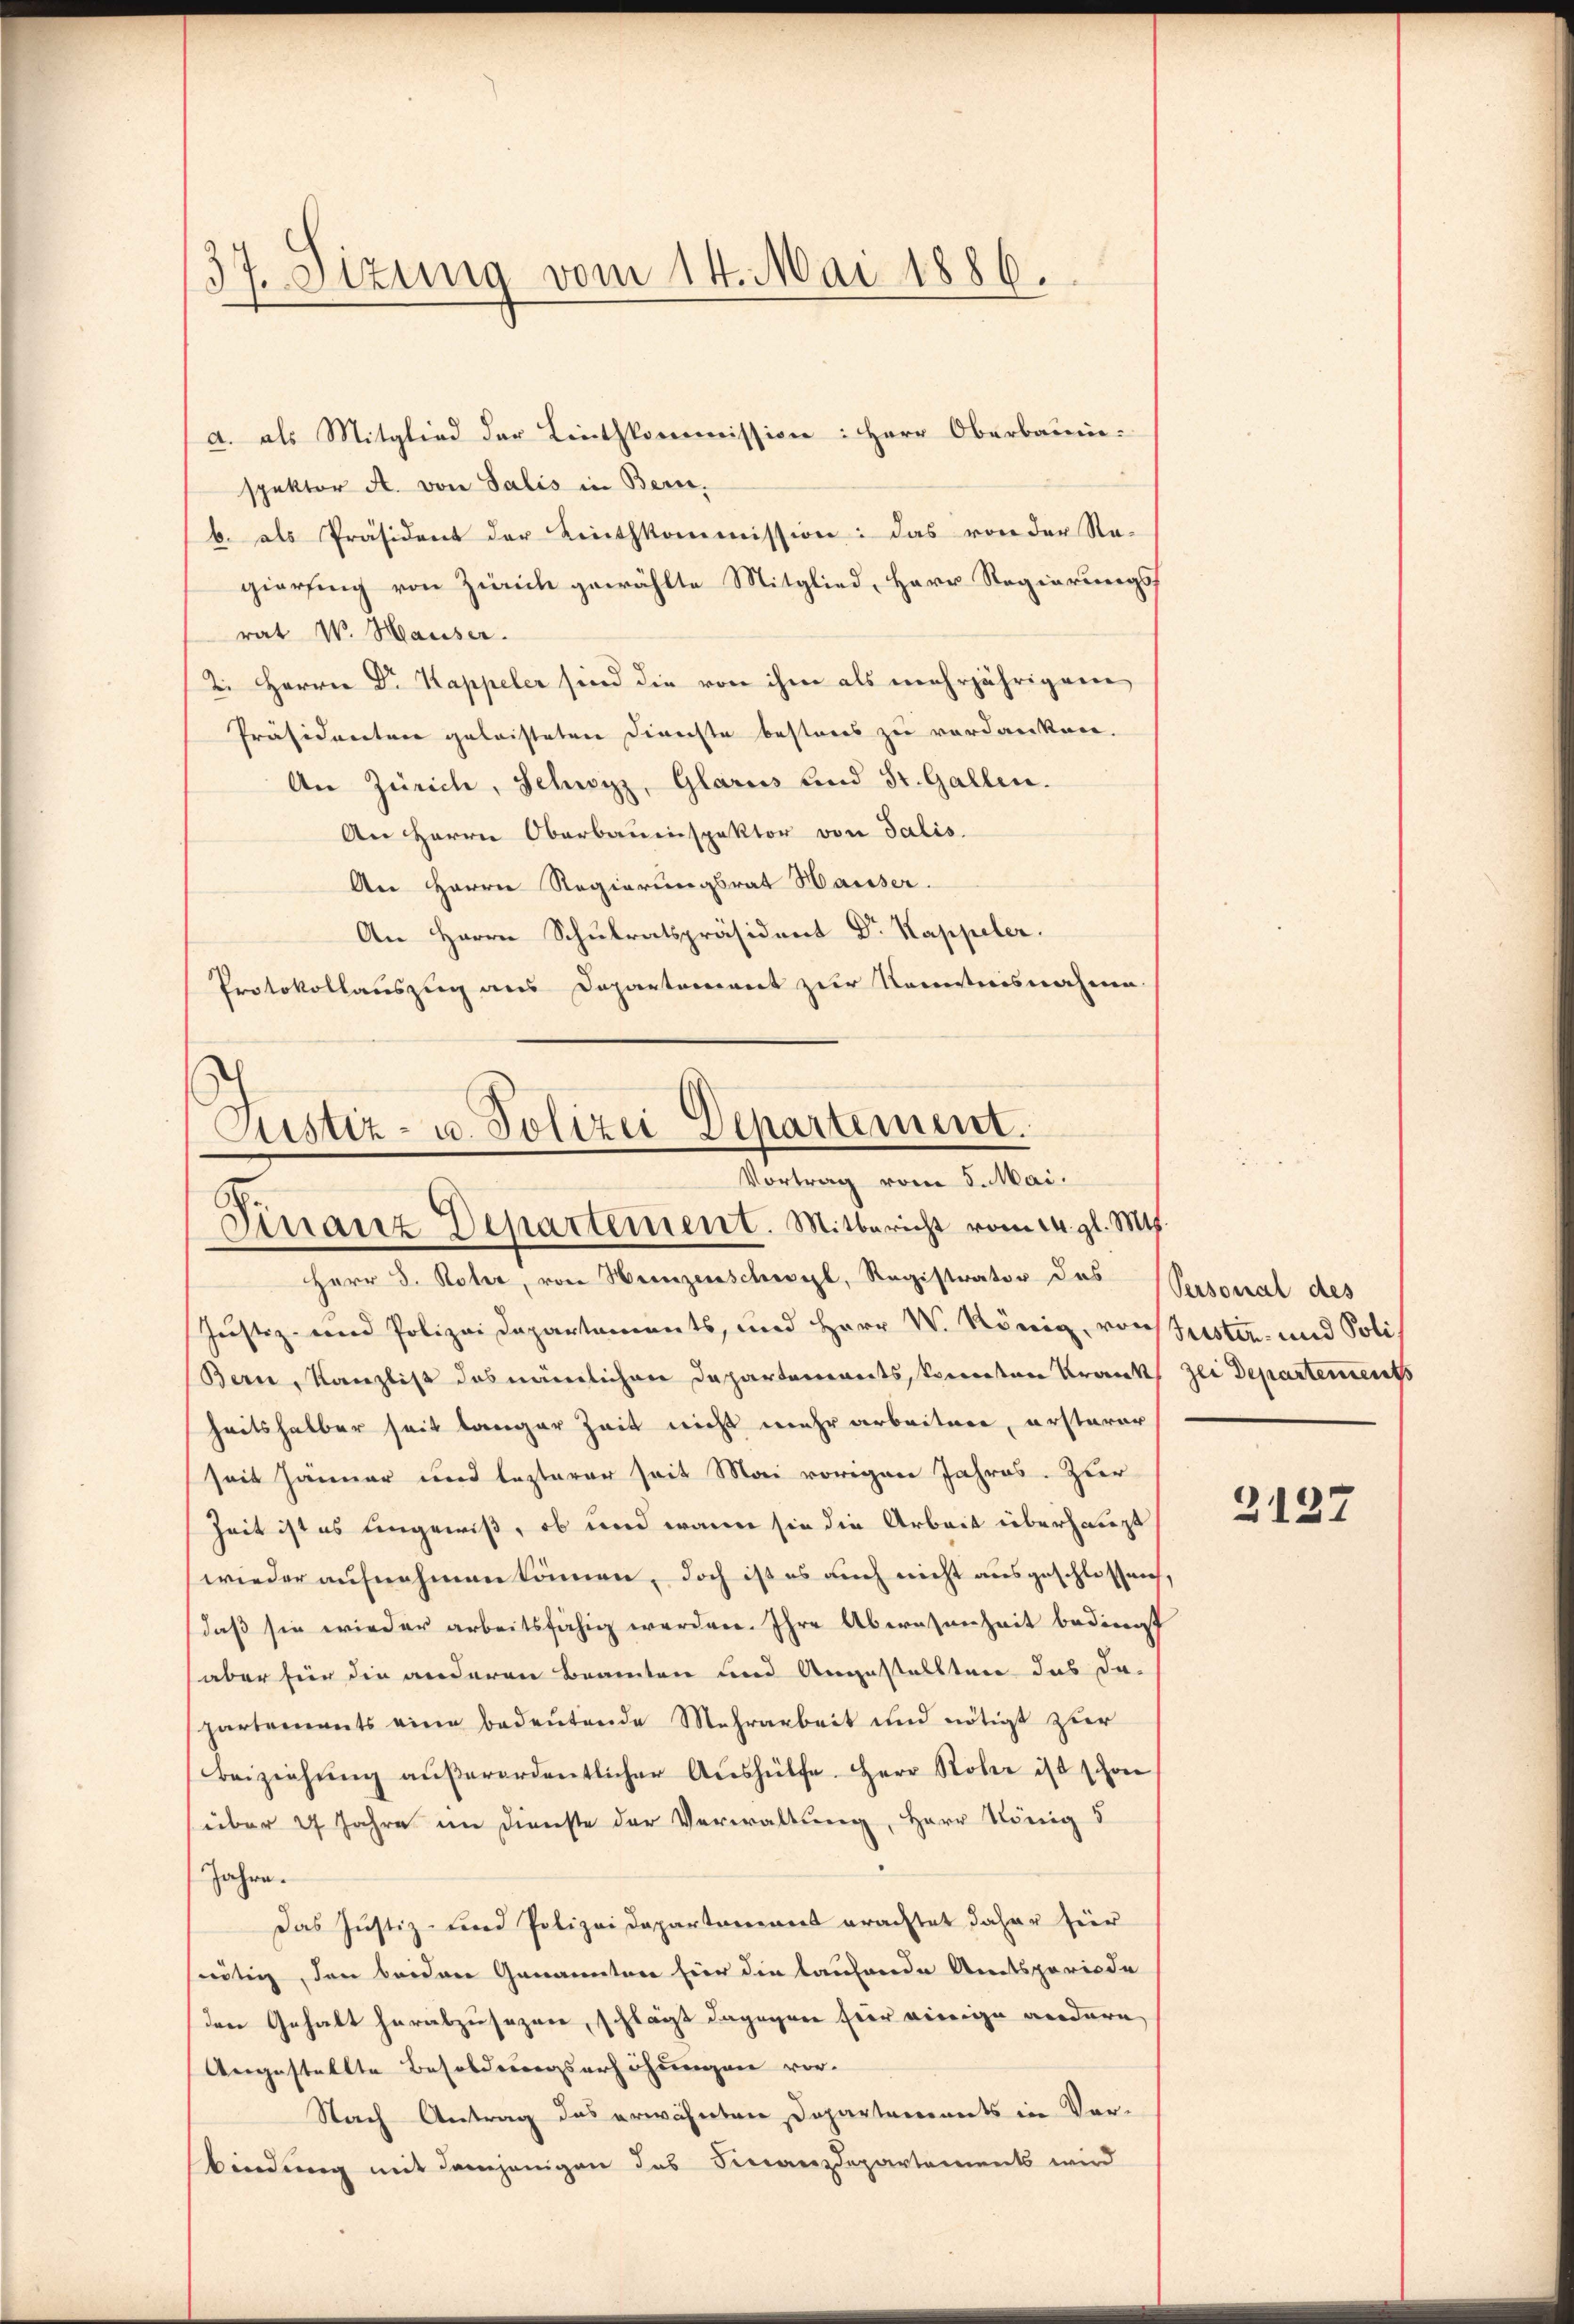
37. Sizung vom 14. Mai 1886.

d. als Mitglied der Linthkommission: Herr Oberbauin
spektor A. von Salis in Bern.
b. als Präsident der Linthkommission: das von der Re-
gierung von Zürich gewählte Mitglied, Herr Regierungsrat W. Hauser.
2. Herrn Dr Kappeler sind die von ihm als mehrjährigem
Präsidentere geleisteten Dienste besteres zu verdanken.
An Zürich, Schwyz, Glarus und St. Gallen.
An Herrn Oberbauinspektor von Salis.
An Herrn Regierungsrat Hausser.
An Herrn Schulratspräsident Dr Kappeler.
Protokollauszug aus Departement zur Kenntnisnahme

Justiz- u. Polizei Departement.
Vortrag vom 5. Mai.
Finanz Departement. Mitbericht vom 14. gl. Mts.

Herr D. Rober, von Hunzenschwyl, Registrator des Personal des
Justiz- und Polizei Departements, und Herr W. König, von Justiz- und Poli¬
Bern, Kanzlist das nämlichen Departements, konnten Krank zei Departements
heitshalber seit langer Zeit nicht mehr arbeitere, ersterer
seit Jänner und lezterer seit Mai vorigen Jahres. Zuer
Zeit ist es ungewiß, ob und wenn sie die Arbeit überhaupt
wieder aufnehmen können, doch ist es auch nicht ausgeschlossen,
daß sie wieder arbeitsfähig werden. Ihre Abwesenheit bedingt
aber für die anderen Beamten und Angestellten das da-
partements eine bedeutende Mehrarbeit und nötigt zur
Beiziehŭng aŭβerordentlicher Aŭshülfe. Herr Rober ist schon
über 4 Jahre im Dienste der Verwaltung, Herr König 5
Jahre.
Das Justiz- und Polizei Departamens erachtet daher für
nötig, den beiden Genannten hier die laufende Amtsperiode
den Gehalt herabzusezen, schlägt dagegen für einige andern
Angestellte Besoldungserhöhungen vor.
Nach Antrag das erwähnten Departements in Vor-
bindung mit demjenigen das Finanzdepartements wird

2127